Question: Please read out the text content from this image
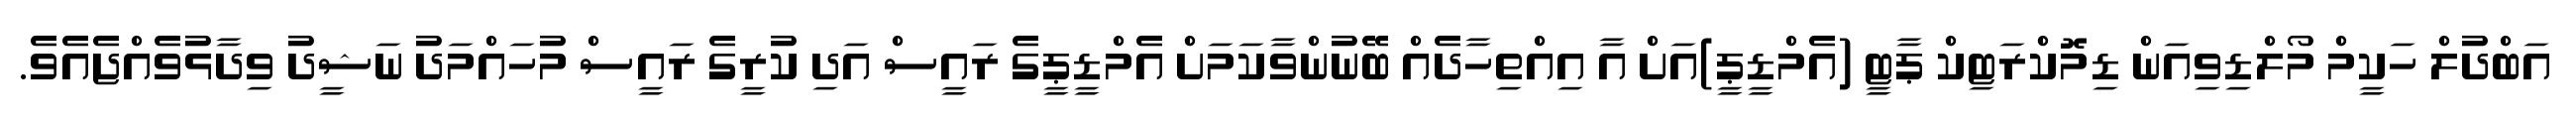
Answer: އަބްދުލް ހަކީމް މޯލްޑިވިއަން ޑިމޮކްރަޓިކް ޕާޓީ (އެމްޑީޕީ)އަށް އާ އިއްތިހާދެއް ބޭނުންވާކަމަށް އެމްޑީޕީގެ ރައީސް އަދި ކުރީގެ ރައީސް މުހައްމަދު ނަޝީދު ވިދާޅުވެއްޖެއެވެ.